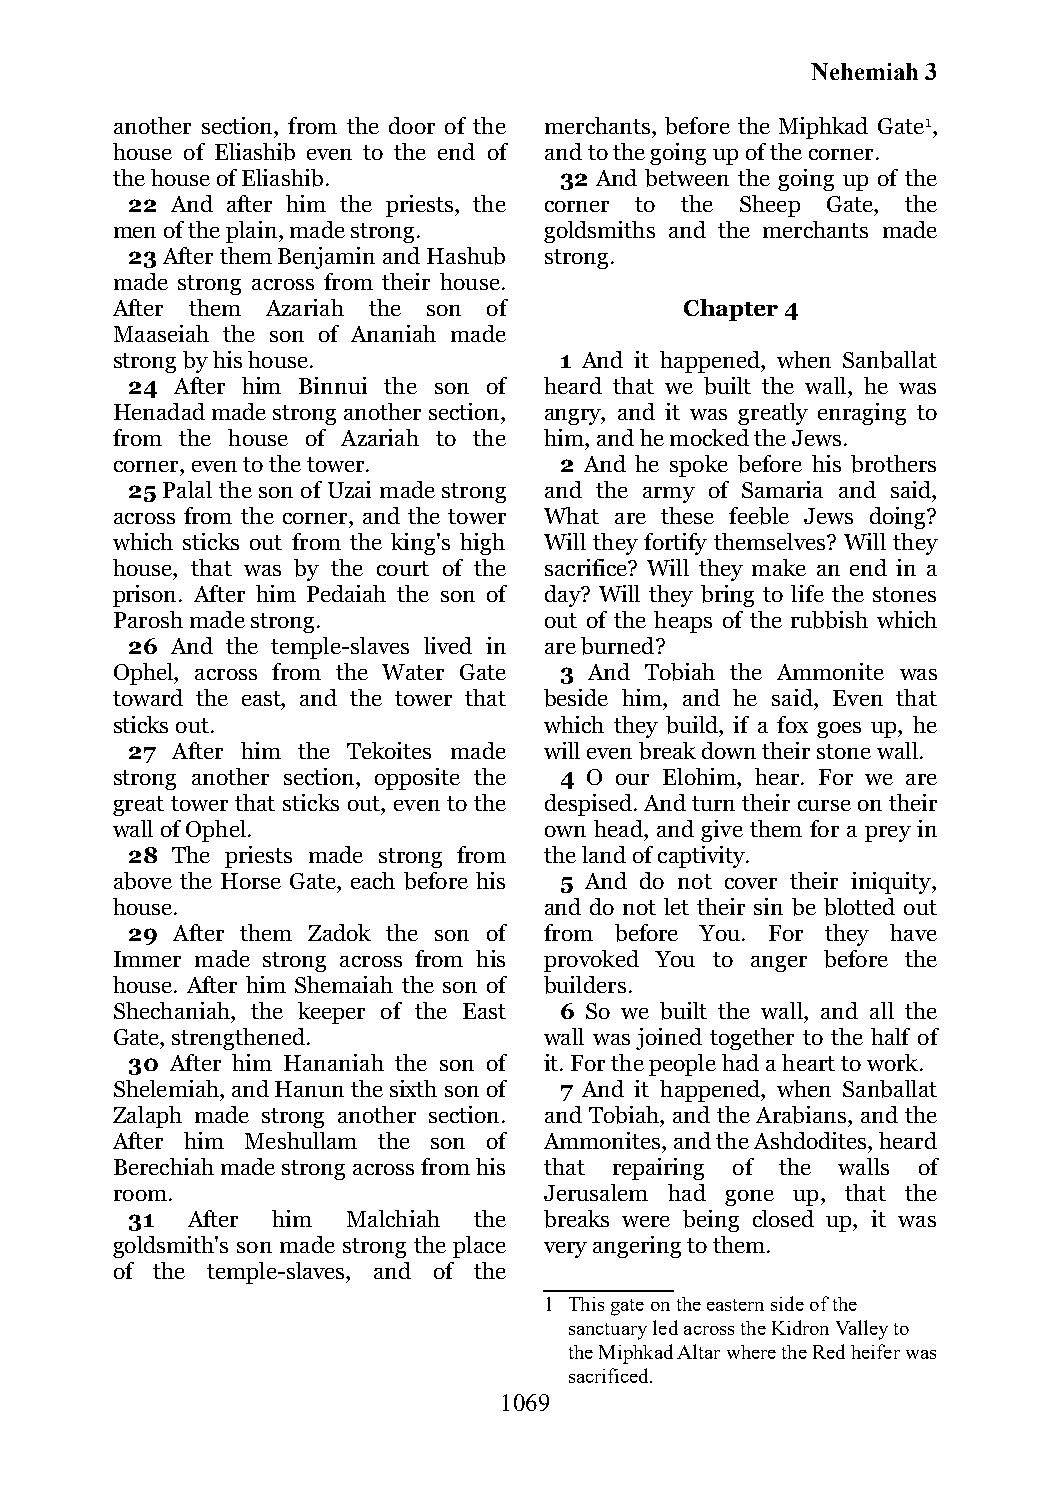
Nehemiah 3
 another section, from the door of the merchants, before the Miphkad Gate1,
 house of Eliashib even to the end of and to the going up of the corner.
 the house of Eliashib.        32 And between the going up of the
 22 And after him the priests, the corner to the Sheep Gate, the
 men of the plain, made strong. goldsmiths and the merchants made
 23 After them Benjamin and Hashub strong.
 made strong across from their house.
 After them Azariah the son of         Chapter 4
 Maaseiah the son of Ananiah made
 strong by his house.          1 And it happened, when Sanballat
 24  After him Binnui the son of heard that we built the wall, he was
 Henadad made strong another section, angry, and it was greatly enraging to
 from the house of Azariah to the him, and he mocked the Jews.
 corner, even to the tower.    2 And he spoke before his brothers
 25 Palal the son of Uzai made strong and the army of Samaria and said,
 across from the corner, and the tower What are these feeble Jews doing?
 which sticks out from the king's high Will they fortify themselves? Will they
 house, that was by the court of the sacrifice? Will they make an end in a
 prison. After him Pedaiah the son of day? Will they bring to life the stones
 Parosh made strong.          out of the heaps of the rubbish which
 26 And the temple-slaves lived in are burned?
 Ophel, across from the Water Gate 3 And Tobiah the Ammonite was
 toward the east, and the tower that beside him, and he said, Even that
 sticks out.                  which they build, if a fox goes up, he
 27 After him the Tekoites made will even break down their stone wall.
 strong another section, opposite the 4 O our Elohim, hear. For we are
 great tower that sticks out, even to the despised. And turn their curse on their
 wall of Ophel.               own head, and give them for a prey in
 28 The priests made strong from the land of captivity.
 above the Horse Gate, each before his 5 And do not cover their iniquity,
 house.                       and do not let their sin be blotted out
 29 After them Zadok the son of from before You. For they have
 Immer made strong across from his provoked You to anger before the
 house. After him Shemaiah the son of builders.
 Shechaniah, the keeper of the East 6 So we built the wall, and all the
 Gate, strengthened.          wall was joined together to the half of
 30 After him Hananiah the son of it. For the people had a heart to work.
 Shelemiah, and Hanun the sixth son of 7 And it happened, when Sanballat
 Zalaph made strong another section. and Tobiah, and the Arabians, and the
 After him Meshullam the son of Ammonites, and the Ashdodites, heard
 Berechiah made strong across from his that repairing of the walls of
 room.                        Jerusalem had gone up, that the
 31  After him  Malchiah the breaks were being closed up, it was
 goldsmith's son made strong the place very angering to them.
 of the temple-slaves, and of the
 1 This gate on the eastern side of the
 sanctuary led across the Kidron Valley to
 the Miphkad Altar where the Red heifer was
 sacrificed.
 1069